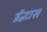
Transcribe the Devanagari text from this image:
ईद्भास